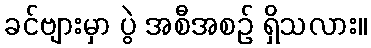
ခင်ဗျားမှာ ပွဲ အစီအစဉ် ရှိသလား။